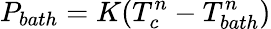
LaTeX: P_{bath}=K(T_{c}^{n}-T_{bath}^{n})